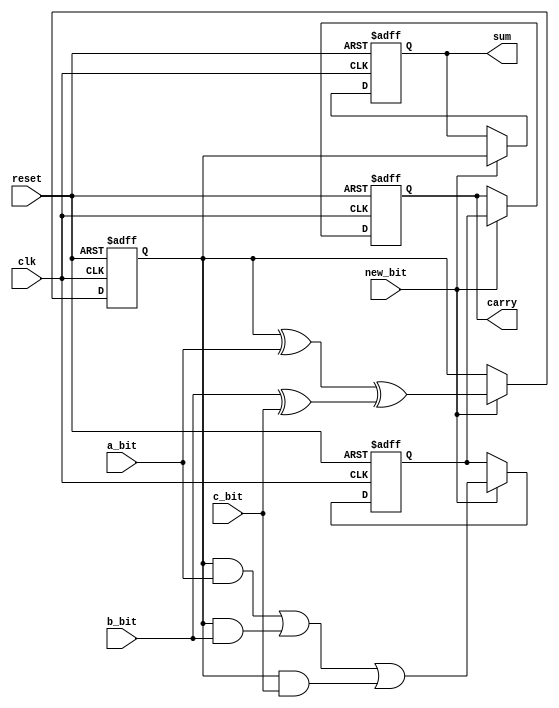
module CarrySaveAdder (
    input wire clk,            // Clock signal
    input wire reset,          // Reset signal
    input wire new_bit,        // Control signal indicating new bit input
    input wire a_bit,          // Current bit of operand A
    input wire b_bit,          // Current bit of operand B
    input wire c_bit,          // Current bit of operand C
    output reg [31:0] sum,     // Sum output
    output reg [31:0] carry    // Carry output
);
    
    // Internal registers to hold the current state of sum and carry
    reg [31:0] current_sum;
    reg [31:0] current_carry;

    always @(posedge clk or posedge reset) begin
        if (reset) begin
            // Reset the sum and carry to zero
            current_sum <= 32'b0;
            current_carry <= 32'b0;
            sum <= 32'b0;
            carry <= 32'b0;
        end else if (new_bit) begin
            // Calculate new sum and carry based on the current bits
            // Using XOR for sum and AND/OR for carry
            current_sum <= (current_sum ^ {31'b0, a_bit}) ^ 
                           ({31'b0, b_bit} ^ {31'b0, c_bit});
            current_carry <= (current_sum & {31'b0, a_bit}) | 
                             (current_sum & {31'b0, b_bit}) | 
                             (current_sum & {31'b0, c_bit}); 

            // Update output registers
            sum <= current_sum;
            carry <= current_carry;
        end
    end
endmodule